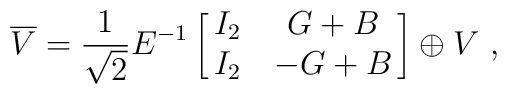
\overline{V}={1\over\sqrt{2}}E^{-1}\left[\matrix{I_2&G+B\cr I_2&-G+B}\right]\oplus V\ ,